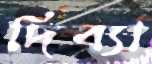
দিব্যা